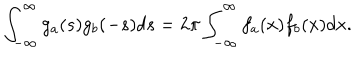
LaTeX: \int _ { - \infty } ^ { \infty } g _ { a } ( s ) g _ { b } ( - s ) d s = 2 \pi \int _ { - \infty } ^ { \infty } f _ { a } ( x ) f _ { b } ( x ) d x .